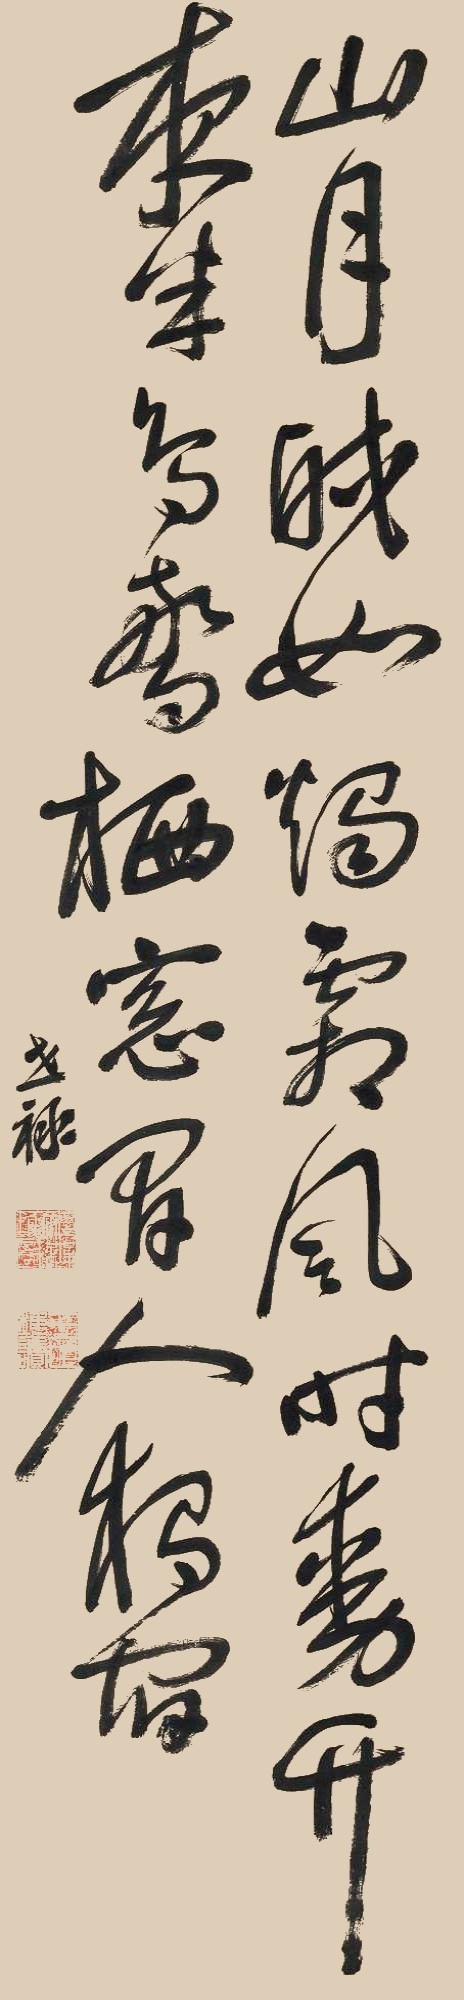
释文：山月皎如烛，霜风时动竹。夜半鸟惊栖，窗间人独宿。世禄。